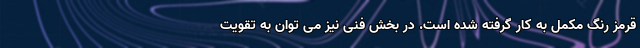
قرمز رنگ مکمل به کار گرفته شده است. در بخش فنی نیز می توان به تقویت